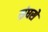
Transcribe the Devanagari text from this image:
संघसे